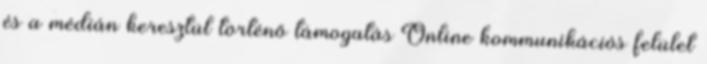
és a médián keresztül történő támogatás Online kommunikációs felület